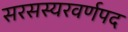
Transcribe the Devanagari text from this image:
सरसस्यरवर्णपद